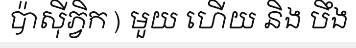
ប៉ាស៊ីភ្វិក ) មួយ ហើយ និង បឹង